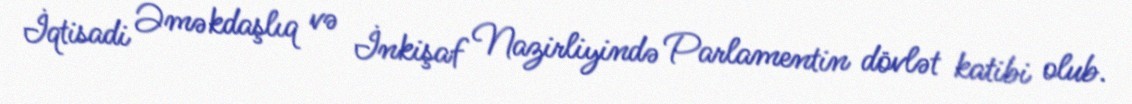
İqtisadi Əməkdaşlıq və İnkişaf Nazirliyində Parlamentin dövlət katibi olub.